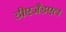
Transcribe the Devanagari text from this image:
डीएजैडएल